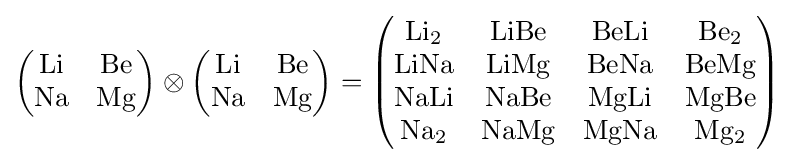
{\begin{pmatrix}{\rm {Li}}&{\rm {Be}}\\{\rm {Na}}&{\rm {Mg}}\end{pmatrix}}\otimes {\begin{pmatrix}{\rm {Li}}&{\rm {Be}}\\{\rm {Na}}&{\rm {Mg}}\end{pmatrix}}={\begin{pmatrix}{\rm {Li_{2}}}&{\rm {LiBe}}&{\rm {BeLi}}&{\rm {Be_{2}}}\\{\rm {LiNa}}&{\rm {LiMg}}&{\rm {BeNa}}&{\rm {BeMg}}\\{\rm {NaLi}}&{\rm {NaBe}}&{\rm {MgLi}}&{\rm {MgBe}}\\{\rm {Na_{2}}}&{\rm {NaMg}}&{\rm {MgNa}}&{\rm {Mg_{2}}}\\\end{pmatrix}}